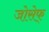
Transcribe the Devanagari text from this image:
जोसेफ्